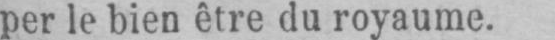
per le bien être du royaume.